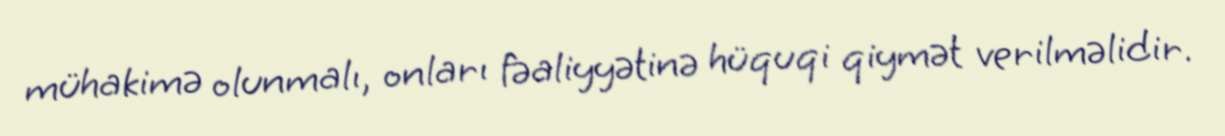
mühakimə olunmalı, onları fəaliyyətinə hüquqi qiymət verilməlidir.